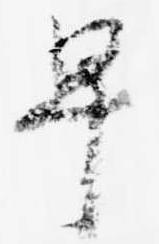
早